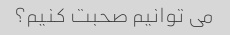
می توانیم صحبت کنیم؟